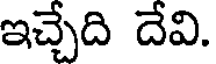
ఇచ్చేది దేవి.